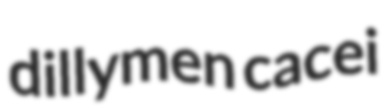
dillymen cacei